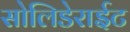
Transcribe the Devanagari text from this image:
सोलिडेराईट